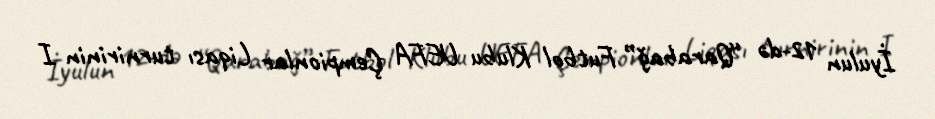
İyulun 12-də “Qarabağ” Futbol Klubu UEFA Çempionlar Liqası turnirinin I